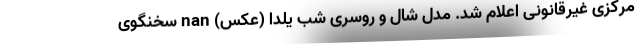
مرکزی غیرقانونی اعلام شد. مدل شال و روسری شب یلدا (عکس) nan سخنگوی